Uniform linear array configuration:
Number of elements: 48
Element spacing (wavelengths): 0.25
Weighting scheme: cosine
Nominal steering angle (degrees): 0
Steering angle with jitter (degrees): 0.566
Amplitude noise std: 0.05
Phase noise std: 0.05

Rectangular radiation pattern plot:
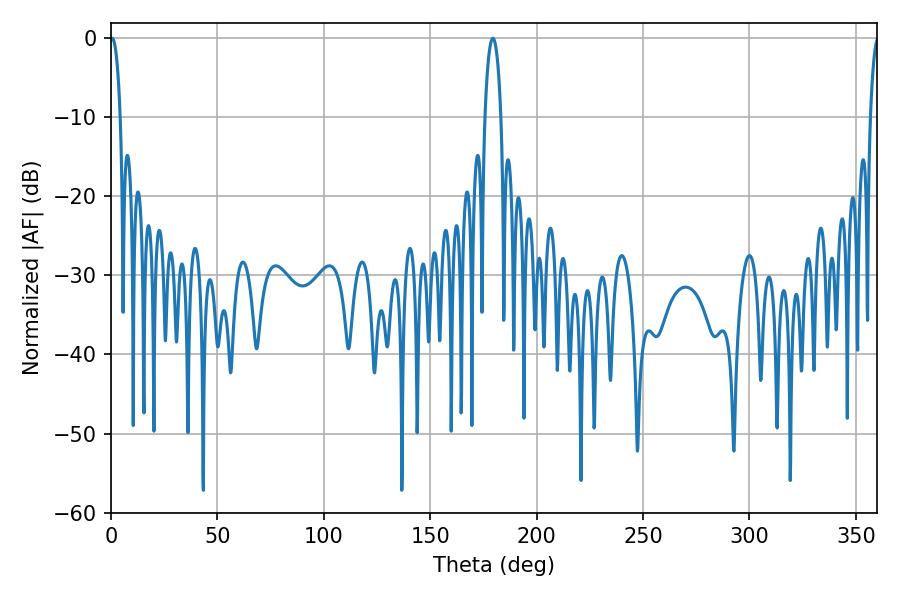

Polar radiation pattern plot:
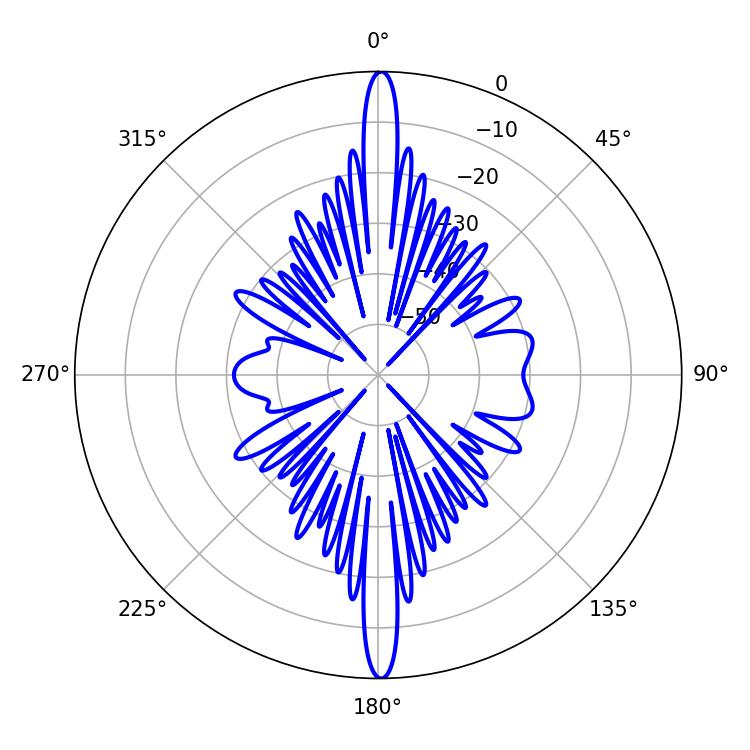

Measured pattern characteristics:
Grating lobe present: FALSE
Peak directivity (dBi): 29.715
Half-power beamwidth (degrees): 2.7
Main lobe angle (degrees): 0.54